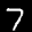
Label: 7